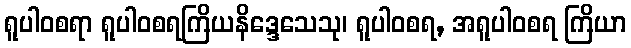
ရူပါဝစရာ ရူပါဝစရကြိယနိဒ္ဒေသေသု၊ ရူပါဝစရ, အရူပါဝစရ ကြိယာ